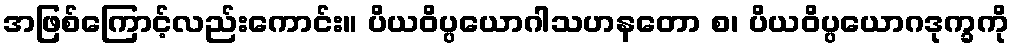
အဖြစ်ကြောင့်လည်းကောင်း။ ပိယဝိပ္ပယောဂါသဟနတော စ၊ ပိယဝိပ္ပယောဂဒုက္ခကို